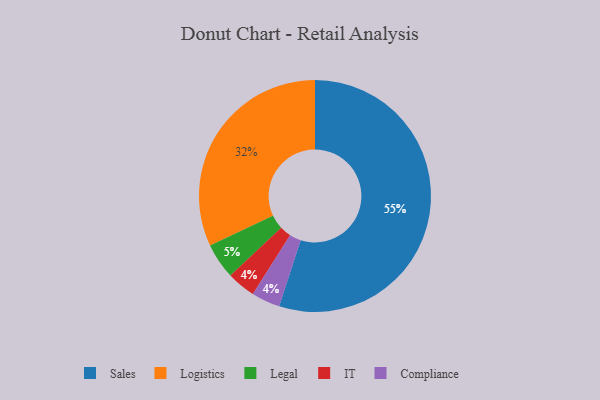
{"axis": {"x": "Category", "y": "Percentage"}, "legend": ["Compliance", "IT", "Legal", "Logistics", "Sales"], "data": [{"x": "Legal", "y": 5, "type": "Legal"}, {"x": "IT", "y": 4, "type": "IT"}, {"x": "Sales", "y": 55, "type": "Sales"}, {"x": "Compliance", "y": 4, "type": "Compliance"}, {"x": "Logistics", "y": 32, "type": "Logistics"}]}